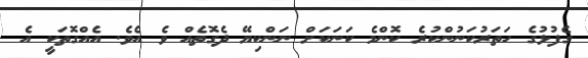
ގެފުޅުގެ ހަތަރުކަނުންކުރެ ކޮންމެ ކަނަކަށް ނަންކިޔޭ ދެގޮތެއް ވެ އެވެ. އެއްގޮތަކީ އެ